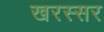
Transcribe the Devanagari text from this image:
खरस्सर